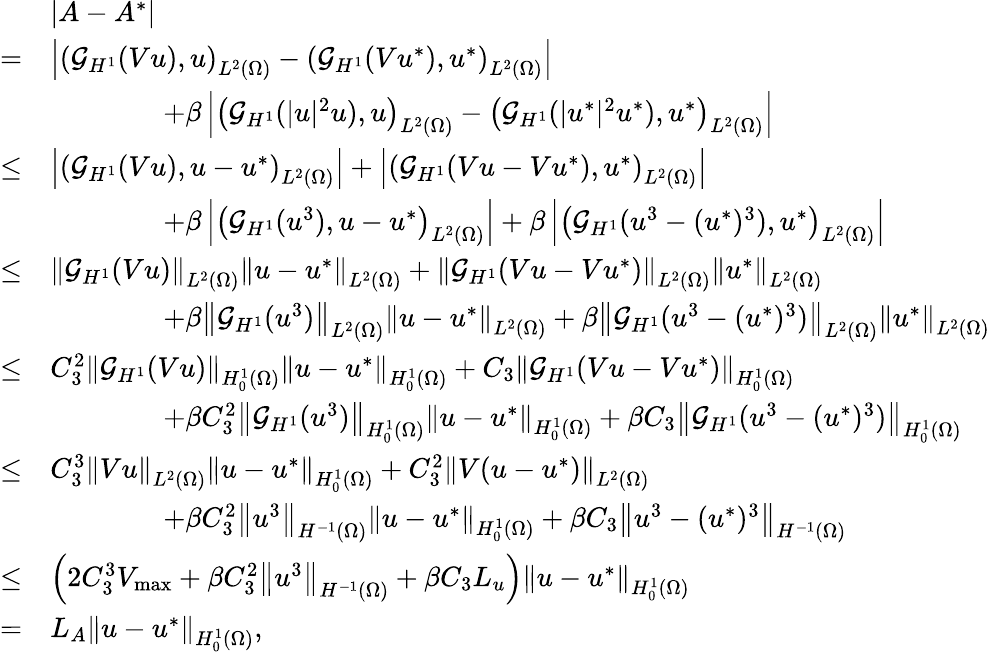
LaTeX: \begin{array}{rl}&{|A-A^{*}|}\\ {=}&{\left|\left(\mathcal{G}_{H^{1}}(Vu),u\right)_{L^{2}(\Omega)}-\left(\mathcal{G}_{H^{1}}(Vu^{*}),u^{*}\right)_{L^{2}(\Omega)}\right|}\\ &{\qquad\qquad+\beta\left|\left(\mathcal{G}_{H^{1}}(|u|^{2}u),u\right)_{L^{2}(\Omega)}-\left(\mathcal{G}_{H^{1}}(|u^{*}|^{2}u^{*}),u^{*}\right)_{L^{2}(\Omega)}\right|}\\ {\leq}&{\left|\left(\mathcal{G}_{H^{1}}(Vu),u-u^{*}\right)_{L^{2}(\Omega)}\right|+\left|\left(\mathcal{G}_{H^{1}}(Vu-Vu^{*}),u^{*}\right)_{L^{2}(\Omega)}\right|}\\ &{\qquad\qquad+\beta\left|\left(\mathcal{G}_{H^{1}}(u^{3}),u-u^{*}\right)_{L^{2}(\Omega)}\right|+\beta\left|\left(\mathcal{G}_{H^{1}}(u^{3}-(u^{*})^{3}),u^{*}\right)_{L^{2}(\Omega)}\right|}\\ {\leq}&{\left\Vert\mathcal{G}_{H^{1}}(Vu)\right\Vert_{L^{2}(\Omega)}\left\Vert u-u^{*}\right\Vert_{L^{2}(\Omega)}+\left\Vert\mathcal{G}_{H^{1}}(Vu-Vu^{*})\right\Vert_{L^{2}(\Omega)}\left\Vert u^{*}\right\Vert_{L^{2}(\Omega)}}\\ &{\qquad\qquad+\beta\left\Vert\mathcal{G}_{H^{1}}(u^{3})\right\Vert_{L^{2}(\Omega)}\left\Vert u-u^{*}\right\Vert_{L^{2}(\Omega)}+\beta\left\Vert\mathcal{G}_{H^{1}}(u^{3}-(u^{*})^{3})\right\Vert_{L^{2}(\Omega)}\left\Vert u^{*}\right\Vert_{L^{2}(\Omega)}}\\ {\leq}&{C_{3}^{2}\left\Vert\mathcal{G}_{H^{1}}(Vu)\right\Vert_{H_{0}^{1}(\Omega)}\left\Vert u-u^{*}\right\Vert_{H_{0}^{1}(\Omega)}+C_{3}\left\Vert\mathcal{G}_{H^{1}}(Vu-Vu^{*})\right\Vert_{H_{0}^{1}(\Omega)}}\\ &{\qquad\qquad+\beta C_{3}^{2}\left\Vert\mathcal{G}_{H^{1}}(u^{3})\right\Vert_{H_{0}^{1}(\Omega)}\left\Vert u-u^{*}\right\Vert_{H_{0}^{1}(\Omega)}+\beta C_{3}\left\Vert\mathcal{G}_{H^{1}}(u^{3}-(u^{*})^{3})\right\Vert_{H_{0}^{1}(\Omega)}}\\ {\leq}&{C_{3}^{3}\left\Vert Vu\right\Vert_{L^{2}(\Omega)}\left\Vert u-u^{*}\right\Vert_{H_{0}^{1}(\Omega)}+C_{3}^{2}\left\Vert V(u-u^{*})\right\Vert_{L^{2}(\Omega)}}\\ &{\qquad\qquad+\beta C_{3}^{2}\left\Vert u^{3}\right\Vert_{H^{-1}(\Omega)}\left\Vert u-u^{*}\right\Vert_{H_{0}^{1}(\Omega)}+\beta C_{3}\left\Vert u^{3}-(u^{*})^{3}\right\Vert_{H^{-1}(\Omega)}}\\ {\leq}&{\left(2C_{3}^{3}V_{\operatorname*{max}}+\beta C_{3}^{2}\left\Vert u^{3}\right\Vert_{H^{-1}(\Omega)}+\beta C_{3}L_{u}\right)\left\Vert u-u^{*}\right\Vert_{H_{0}^{1}(\Omega)}}\\ {=}&{L_{A}\left\Vert u-u^{*}\right\Vert_{H_{0}^{1}(\Omega)},}\end{array}